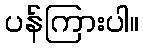
ပန်ကြားပါ။